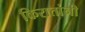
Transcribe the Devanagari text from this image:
किरातांनी